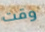
وقت